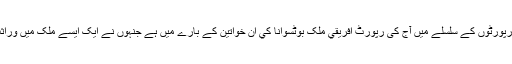
اور بی بی سی کے ’سو خواتین، نصف دنیا کی صدا‘ کے نام سے رپورٹوں کے سلسلے میں آج کی رپورٹ افريقي ملک بوٹسوانا کي اُن خواتين کے بارے ميں ہے جنہوں نے ايک ايسے ملک ميں وراثت کي قانوني جنگ جيتي ہے جہاں خواتين کو يہ حق نہيں ديا جاتا۔